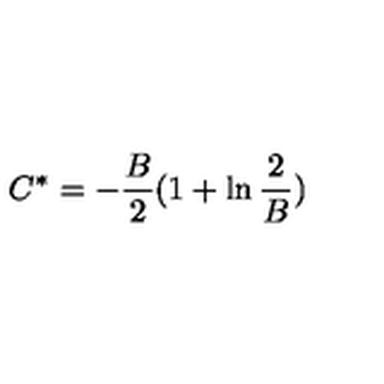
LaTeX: C ^ { * } = - \frac { B } { 2 } ( 1 + \ln \frac { 2 } { B } )